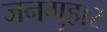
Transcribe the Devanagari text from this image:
जनगुहार